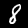
Label: 8